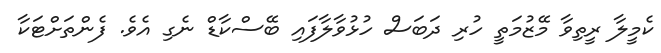
ކެމީލާ ރީތިވާ މޭޒުމަތީ ހުރި ދަބަސް ހުޅުވާލާފައި ބޭސްކާޑް ނެގި އެވެ. ފެންތަށްޓަކާ